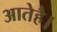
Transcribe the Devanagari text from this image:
आतेहै।